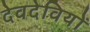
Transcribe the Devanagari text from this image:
देवदेवियों